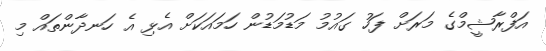
އަފްރާޝީމްގެ މަރަށް ފަހު ގައުމު މަޑުމަޑުން ހަމައަކަށް އެޅި އެ ހަނދާންތައް މި